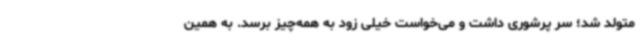
متولد شد؛ سر پرشوری داشت و می‌خواست خیلی زود به همه‌چیز برسد. به همین